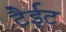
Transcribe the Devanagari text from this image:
टैईट